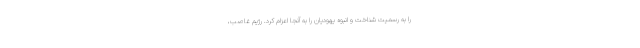
را به رسمیّت شناخت و انبوه یهودیان را به آنجا اعزام کرد. رژیم غاصب،